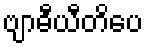
ဗျာဓီယီတိပေ